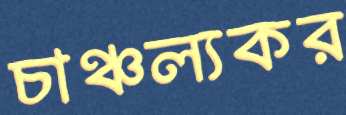
চাঞ্চল্যকর